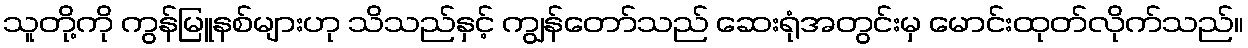
သူတို့ကို ကွန်မြူနစ်များဟု သိသည်နှင့် ကျွန်တော်သည် ဆေးရုံအတွင်းမှ မောင်းထုတ်လိုက်သည်။